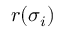
r ( \sigma _ { i } )